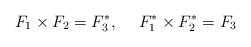
LaTeX: \begin{align*}F_1 \times F_2 = F^{*}_3, \hspace{15pt} F^{*}_1 \times F^{*}_2 =F_3\end{align*}